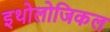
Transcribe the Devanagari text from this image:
इथोलोजिकल